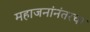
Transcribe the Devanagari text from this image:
महाजनांनंतरचा